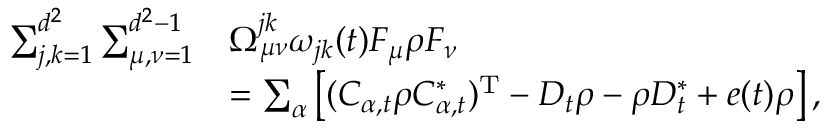
\begin{array} { r l } { \sum _ { j , k = 1 } ^ { d ^ { 2 } } \sum _ { \mu , \nu = 1 } ^ { d ^ { 2 } - 1 } } & { \Omega _ { \mu \nu } ^ { j k } \omega _ { j k } ( t ) F _ { \mu } \rho F _ { \nu } } \\ & { = \sum _ { \alpha } \left[ ( C _ { \alpha , t } \rho C _ { \alpha , t } ^ { * } ) ^ { \mathrm { T } } - D _ { t } \rho - \rho D _ { t } ^ { * } + e ( t ) \rho \right] , } \end{array}